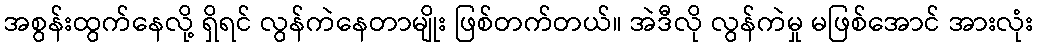
အစွန်းထွက်နေလို့ ရှိရင် လွန်ကဲနေတာမျိုး ဖြစ်တက်တယ်။ အဲဒီလို လွန်ကဲမှု မဖြစ်အောင် အားလုံး